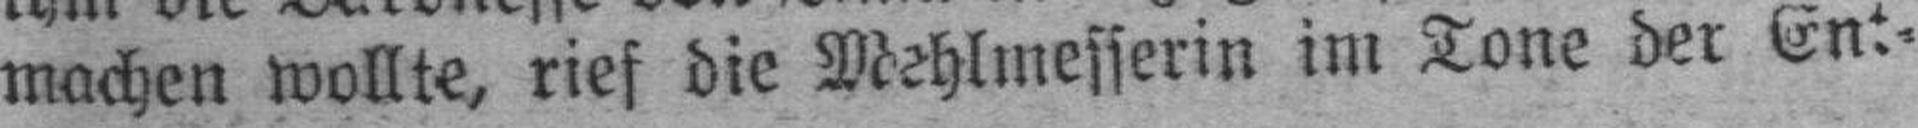
machen wollte, rief die Mehlmesserin im Tone der Ent¬